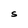
Character: S